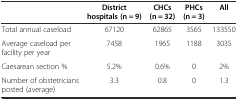
|  | District hospitals (n = 9) | CHCs (n = 32) | PHCs (n = 3) | All |
 | --- | --- | --- | --- | --- |
 | Total annual caseload | 67120 | 62865 | 3565 | 133550 |
 | Average caseload per facility per year | 7458 | 1965 | 1188 | 3035 |
 | Caesarean section % | 5.2% | 0.6% | 0 | 2% |
 | Number of obstetricians posted (average) | 3.3 | 0.8 | 0 | 1.3 |